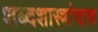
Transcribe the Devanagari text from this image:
शब्दशास्त्रांचाच